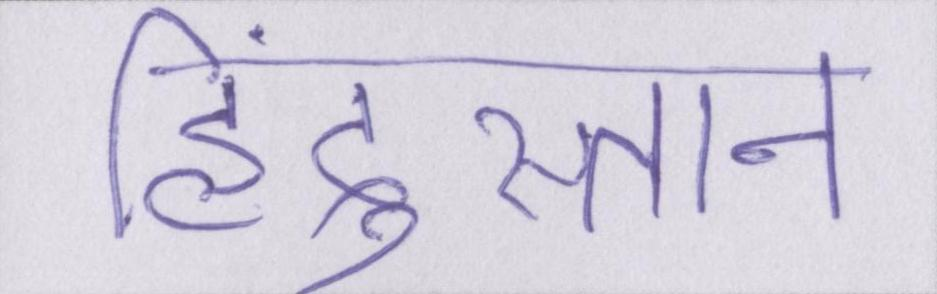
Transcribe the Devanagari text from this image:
हिंदुस्तान